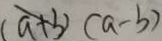
( a + 3 ) ( a - b )